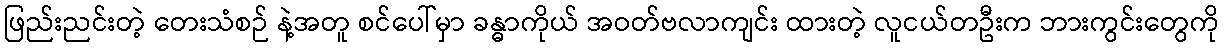
ဖြည်းညင်းတဲ့ တေးသံစဉ် နဲ့အတူ စင်ပေါ်မှာ ခန္ဓာကိုယ် အဝတ်ဗလာကျင်း ထားတဲ့ လူငယ်တဦးက ဘားကွင်းတွေကို